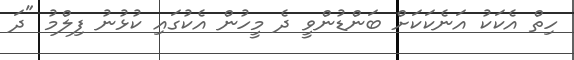
ހިތް އެކަކު އަނެކަކަށް ބަންޑުންވީ ދެ މީހުން އެކުގައި ކުޅުނު ފިލްމު "ދަ